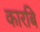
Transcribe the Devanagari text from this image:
कारबि